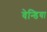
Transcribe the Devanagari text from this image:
वेन्डिया